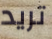
تريد